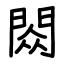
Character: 閦